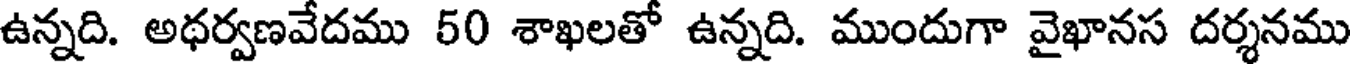
ఉన్నది. అథర్వణవేదము 50 శాఖలతో ఉన్నది. ముందుగా వైఖానస దర్శనము